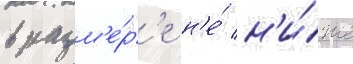
в разм'е́р'е н'е́ н'и́же